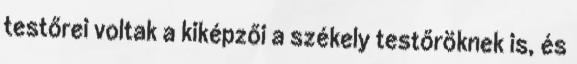
testőrei voltak a kiképzői a székely testőröknek is, és